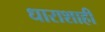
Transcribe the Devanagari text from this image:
धाराशाही